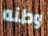
وطنه